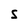
Character: s